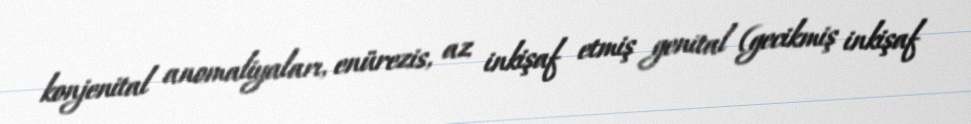
konjenital anomaliyaları, enürezis, az inkişaf etmiş genital (gecikmiş inkişaf